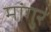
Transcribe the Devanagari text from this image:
मांगुर